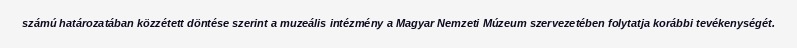
számú határozatában közzétett döntése szerint a muzeális intézmény a Magyar Nemzeti Múzeum szervezetében folytatja korábbi tevékenységét.